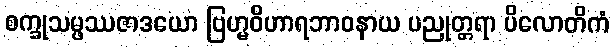
စက္ခုသမ္ဖဿဇာဒယော ဗြဟ္မဝိဟာရဘာဝနာယ ပညုတ္တရာ ပိလောတိကံ